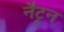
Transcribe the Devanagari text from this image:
नैट्रन